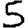
Digit: 5